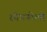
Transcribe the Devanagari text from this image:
स्पेगनोलो